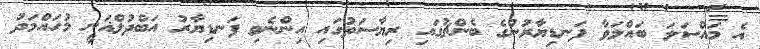
އެ މައްސަލަ ބައްލަވާ ފަނޑިޔާރުންގެ ބެންޗުގައި ރިޔާސަތުގައި އިންނެވި ފަނޑިޔާރު އަބްދުލްޣަނީ މުހައްމަދު